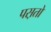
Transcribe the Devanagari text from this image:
पस़तो